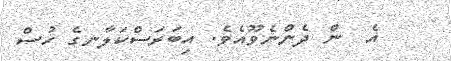
އެ  ން ދެންނެވޫއެވެ. އިބަރަސްކަލާނގެ ހުސް